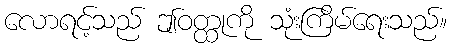
လောရင့်သည် ဤဝတ္ထုကို သုံးကြိမ်ရေးသည်။